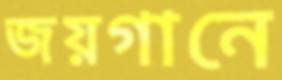
জয়গানে